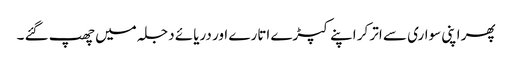
پھر اپنی سواری سے اتر کر اپنے کپڑے اتارے اور دریائے دجلہ میں چھپ گئے ۔